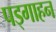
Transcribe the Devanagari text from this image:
पड्गाहन